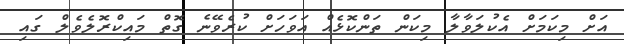
އަށް މިކަމަށް އެކުލަވާލާ މިކަން ތަންކޮޅެއް އަވަހަށް ކުރެވޭނެ ގޮތް މައިކްރޮލެވެލް ގައި